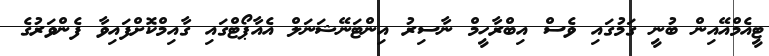
ޓީއެމްއޭއިން ބުނީ ގަމުގައި ވެސް އިބްރާހީމް ނާސިރު އިންޓަނޭޝަނަލް އެއާޕޯޓްގައި ގާއިމްކޮށްފައިވާ ފެންވަރުގެ